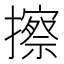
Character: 擦